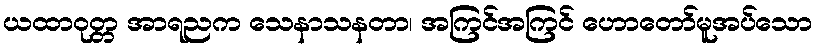
ယထာဝုတ္တ အာရညက သေနာသနတာ၊ အကြင်အကြင် ဟောတော်မူအပ်သော